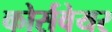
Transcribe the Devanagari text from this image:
कोर्सवेयर